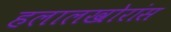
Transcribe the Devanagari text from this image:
हलालखोरांस